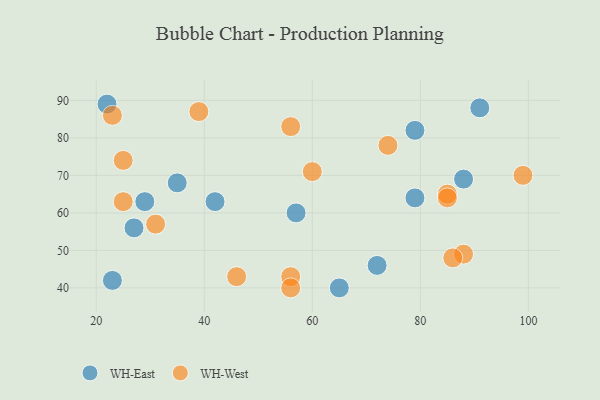
{"axis": {"x": "GDP", "y": "Life Expectancy"}, "legend": ["WH-East", "WH-West"], "data": [{"x": "57", "y": 60, "type": "WH-East"}, {"x": "42", "y": 63, "type": "WH-East"}, {"x": "27", "y": 56, "type": "WH-East"}, {"x": "79", "y": 82, "type": "WH-East"}, {"x": "72", "y": 46, "type": "WH-East"}, {"x": "35", "y": 68, "type": "WH-East"}, {"x": "79", "y": 64, "type": "WH-East"}, {"x": "91", "y": 88, "type": "WH-East"}, {"x": "29", "y": 63, "type": "WH-East"}, {"x": "65", "y": 40, "type": "WH-East"}, {"x": "23", "y": 42, "type": "WH-East"}, {"x": "88", "y": 69, "type": "WH-East"}, {"x": "22", "y": 89, "type": "WH-East"}, {"x": "56", "y": 43, "type": "WH-West"}, {"x": "31", "y": 57, "type": "WH-West"}, {"x": "46", "y": 43, "type": "WH-West"}, {"x": "99", "y": 70, "type": "WH-West"}, {"x": "25", "y": 63, "type": "WH-West"}, {"x": "88", "y": 49, "type": "WH-West"}, {"x": "56", "y": 83, "type": "WH-West"}, {"x": "39", "y": 87, "type": "WH-West"}, {"x": "74", "y": 78, "type": "WH-West"}, {"x": "56", "y": 40, "type": "WH-West"}, {"x": "85", "y": 65, "type": "WH-West"}, {"x": "86", "y": 48, "type": "WH-West"}, {"x": "23", "y": 86, "type": "WH-West"}, {"x": "25", "y": 74, "type": "WH-West"}, {"x": "60", "y": 71, "type": "WH-West"}, {"x": "85", "y": 64, "type": "WH-West"}]}